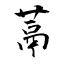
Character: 蒚